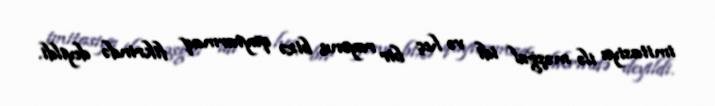
imitasiya ilə məşğul idi və heç bir rayonu bizə qaytarmaq fikrində deyildi.